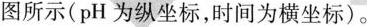
如图所示(pH为纵坐标，时间为横坐标)。